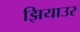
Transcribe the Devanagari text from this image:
झियाउर